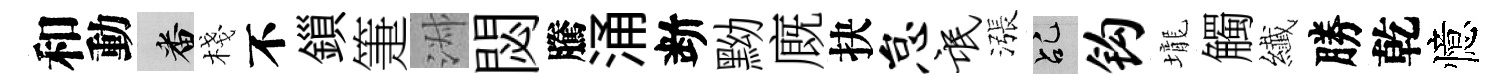
和動番棧不鎻箑淑閟騰涌断黝廐抉怠氓漲乩钩壠觸纎勝乾憶